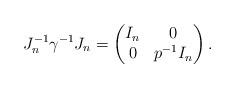
LaTeX: \begin{align*}J_n^{-1} \gamma^{-1} J_n = \begin{pmatrix} I_n & 0 \\ 0 & p^{-1}I_n\end{pmatrix}.\end{align*}